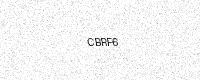
Text: CBRF6